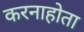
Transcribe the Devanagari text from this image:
करनाहोता